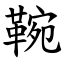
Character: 䩩